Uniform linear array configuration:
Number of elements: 32
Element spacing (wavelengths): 0.5
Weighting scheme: blackman
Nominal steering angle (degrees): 30
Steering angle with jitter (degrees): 29.08
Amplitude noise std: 0.05
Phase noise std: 0.05

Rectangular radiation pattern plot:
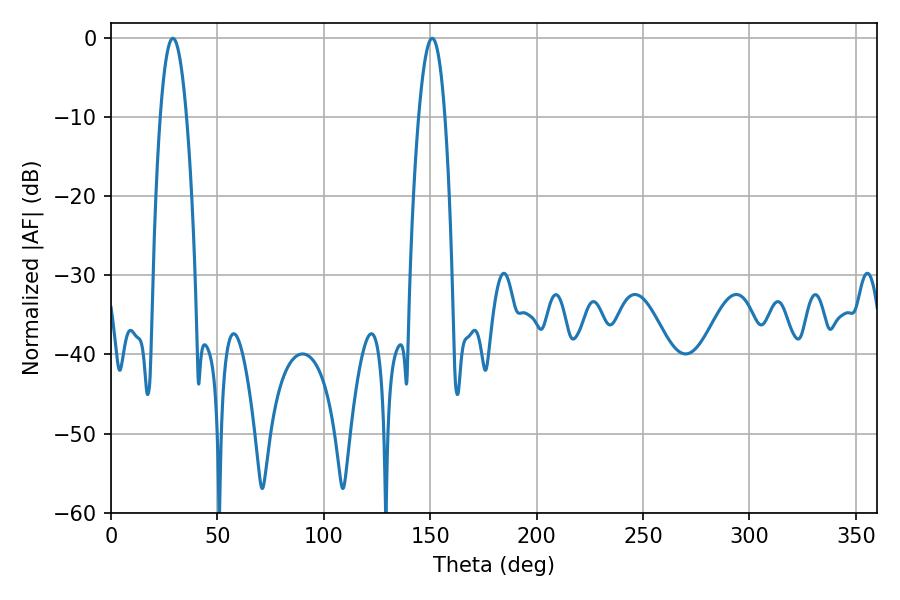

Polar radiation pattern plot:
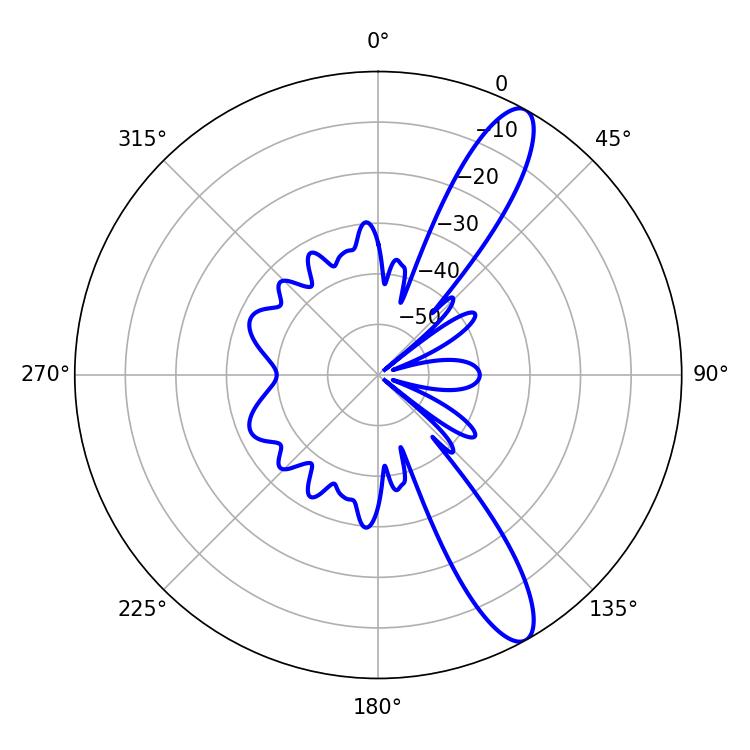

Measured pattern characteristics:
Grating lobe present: FALSE
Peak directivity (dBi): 12.073
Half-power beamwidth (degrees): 6.84
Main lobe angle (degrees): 29.16